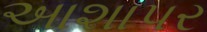
આશાપર